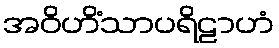
အဝိဟိံသာပရိဠာဟံ